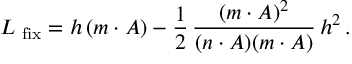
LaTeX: { \cal L } _ { \mathrm { \small ~ { f i x } } } = h \, ( m \cdot A ) - \frac { 1 } { 2 } \, \frac { ( m \cdot A ) ^ { 2 } } { ( n \cdot A ) ( m \cdot A ) } \, h ^ { 2 } \, .